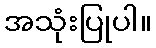
အသုံးပြုပါ။